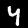
Label: 4